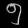
Digit: ၅